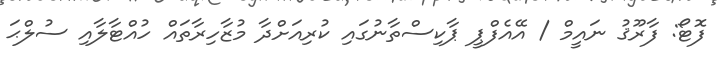
ފޮޓޯ: ފާރޫޤު ނައީމް / އޭއެފްޕީ ޕާކިސްތާނުގައި ކުރިއަށްދާ މުޒާހިރާތައް ހުއްޓާލާއި ސުލްޙަ